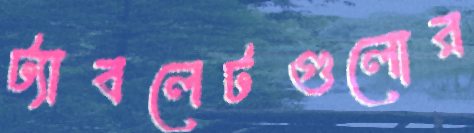
ট্যাবলেটগুলোর